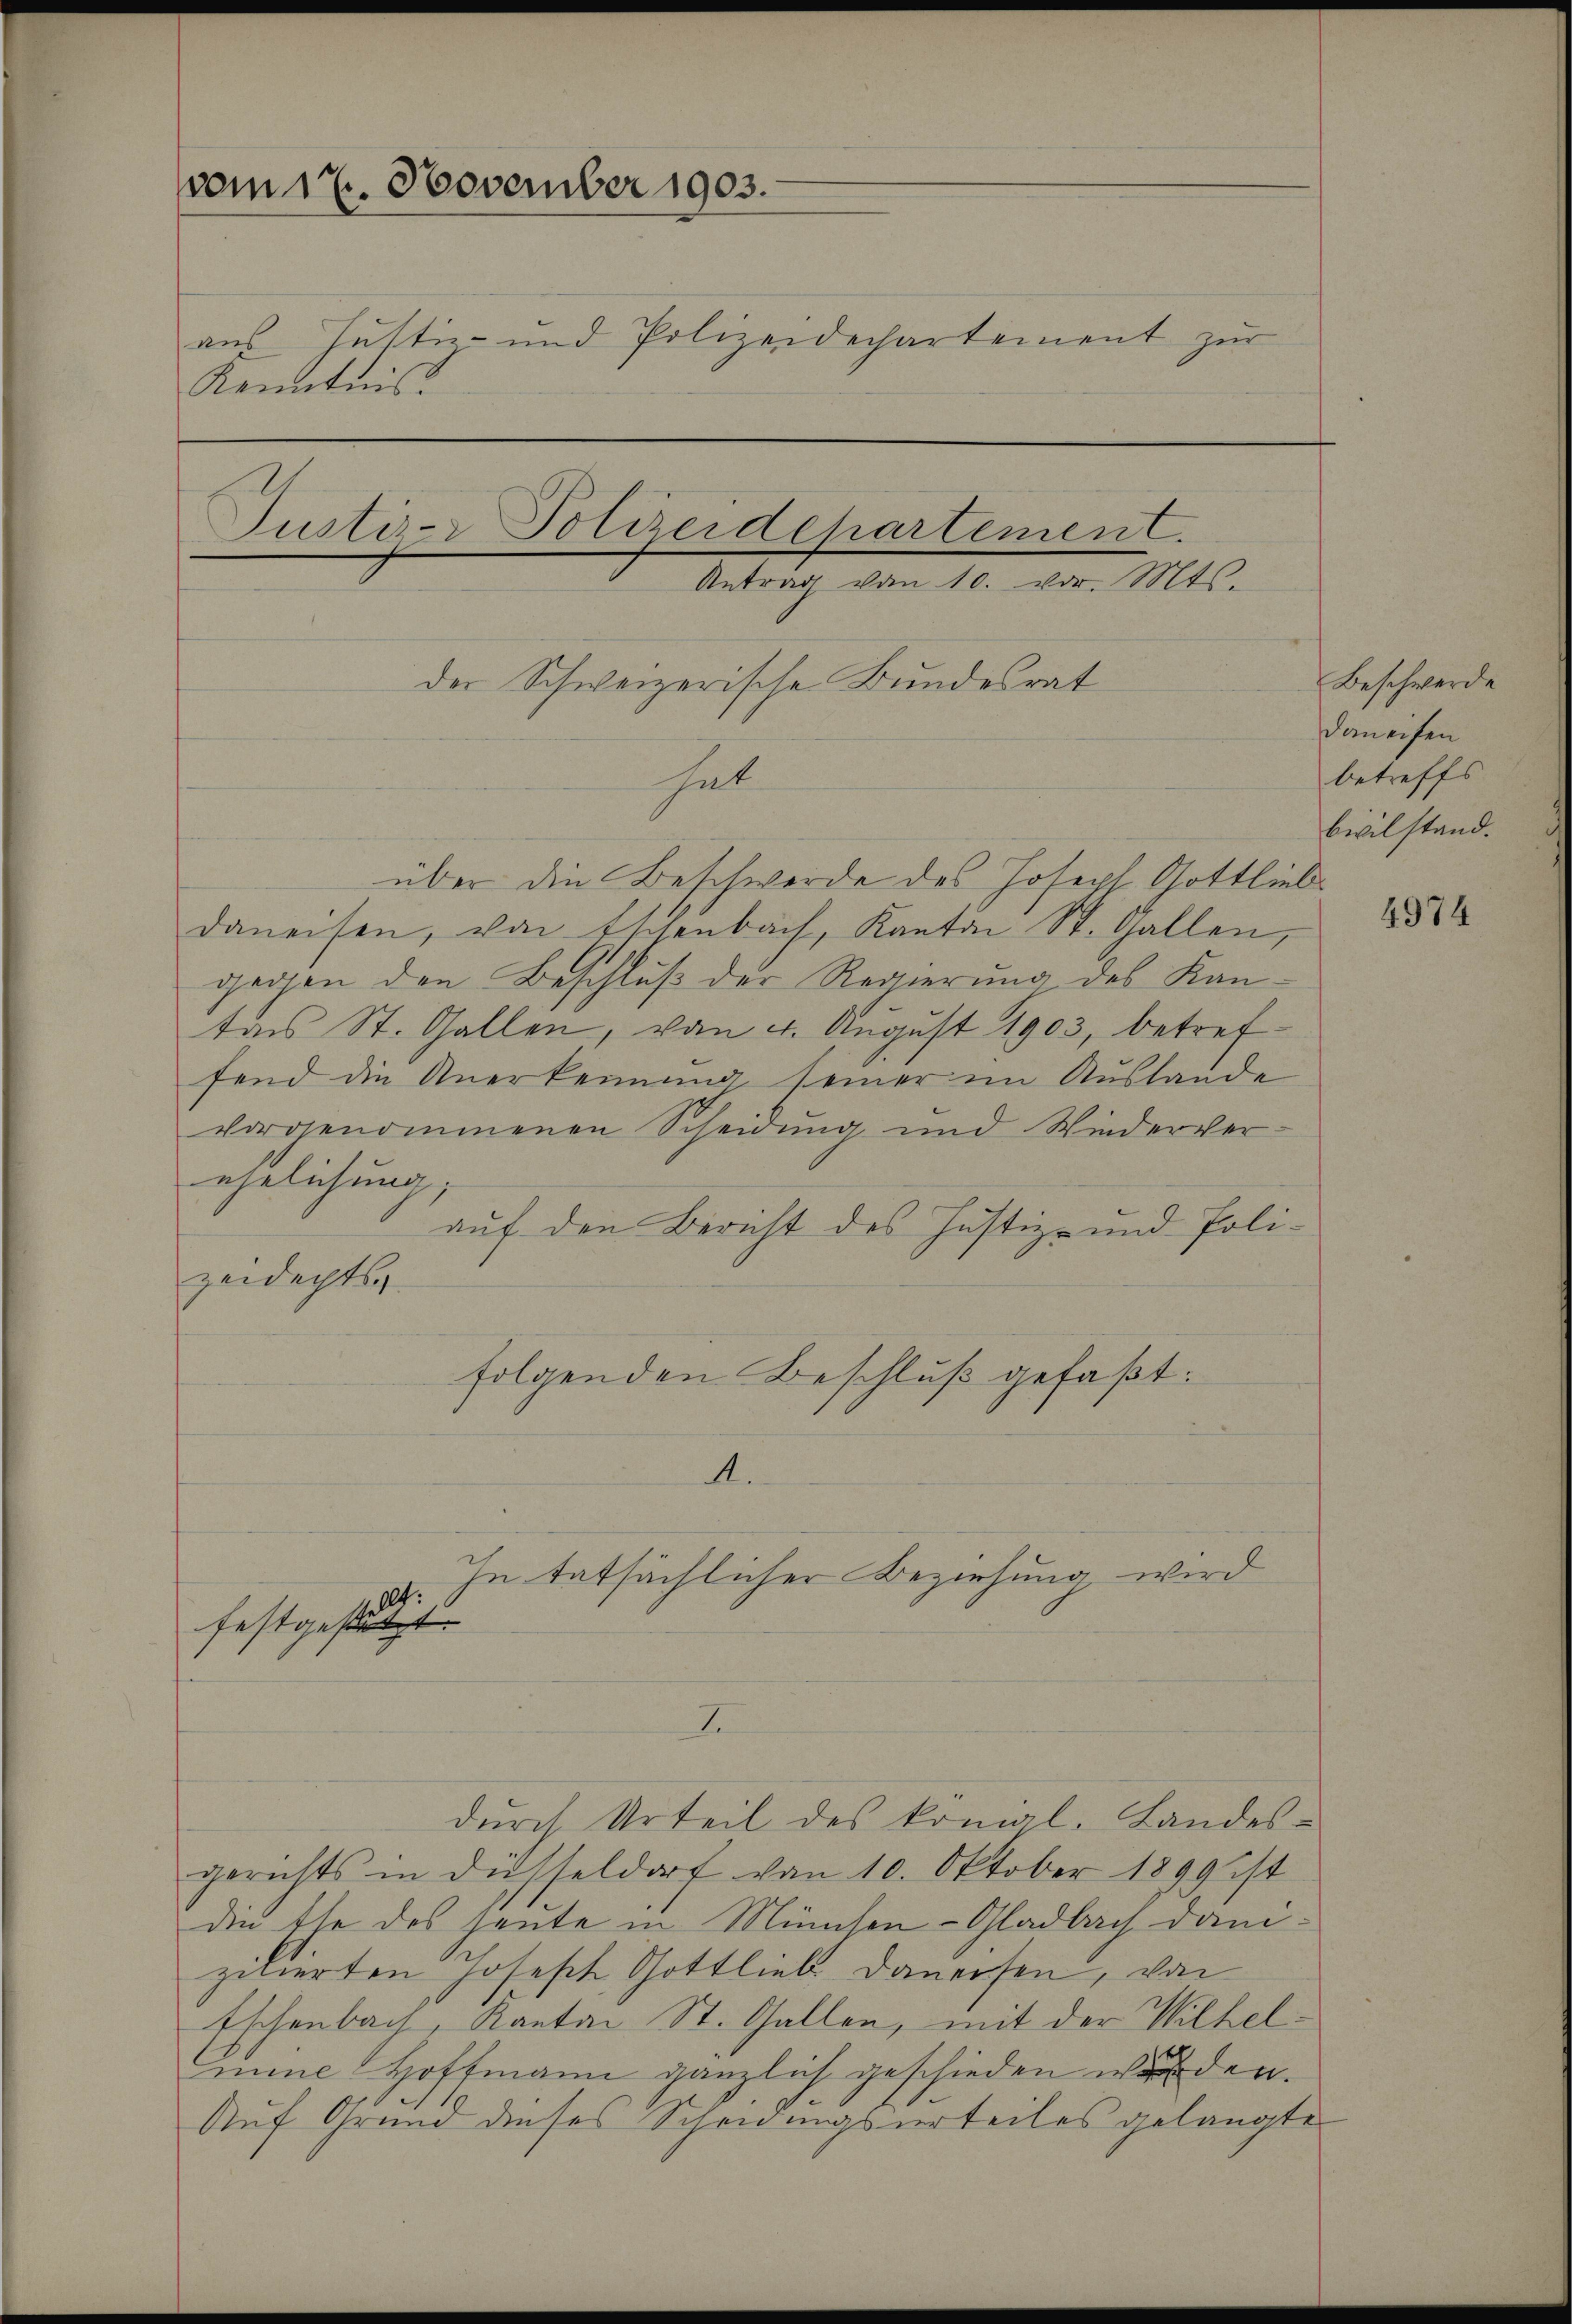
vom 17. November 1903.
aus Justiz- und Polizeidechartement zur
Kenntnis.
Justi - Polizeidchartement.
Antrag vom 10. vor. Mts.
der Schweizerische Bundesrat

über die Beschwerde des Joseph Gottlieb
daneisen, von Essenbach, Kanton St. Gallen,
gegen den Beschluß der Regierung des Kantens St. Gallen, vom 4. August 1903, betreffend die Anerkennung seiner im Auslande
vorgenommenen Scheidung und Wiederverehelichung,
auf den Bericht des Justiz- und Poli-
zeidechts-
u. In tatsächlicher Beziehung wird
festgestützt.
I
durch Urteil des konigl. Landes-
gerichts in desseldorf von 10. Oktober 1899 ist
die Ehe des heute in München-Gladbach danizuierten Joseph Gottlieb danersen, von
Eschenbach, Kanton St. Gallen, mit der Wilhelmine Hoffmann gänzlich geschieden wurden.
Auf Grund dieses Scheidungsurteiles gelangte

folgenden Beschluß gefaßt:
A.

Beschwerde
daneifen
betreffs
bivilstand.

4974